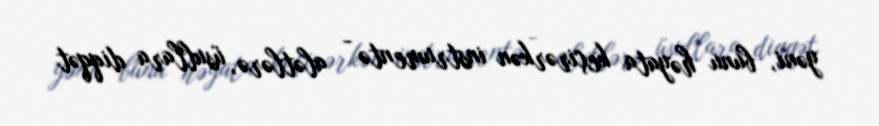
yəni, bunu həyata keçirərkən instrumentə - alətlərə, üsullara diqqət